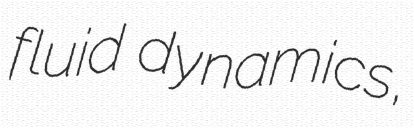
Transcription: fluid dynamics,